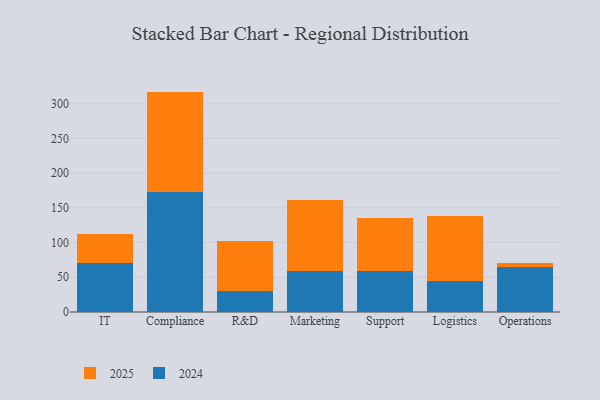
{"axis": {"x": "Department", "y": "Headcount"}, "legend": ["2024", "2025"], "data": [{"x": "IT", "y": 40.6, "type": "2025"}, {"x": "IT", "y": 71.2, "type": "2024"}, {"x": "Compliance", "y": 144.0, "type": "2025"}, {"x": "Compliance", "y": 173.5, "type": "2024"}, {"x": "R&D", "y": 72.8, "type": "2025"}, {"x": "R&D", "y": 29.7, "type": "2024"}, {"x": "Marketing", "y": 103.2, "type": "2025"}, {"x": "Marketing", "y": 58.7, "type": "2024"}, {"x": "Support", "y": 76.0, "type": "2025"}, {"x": "Support", "y": 59.4, "type": "2024"}, {"x": "Logistics", "y": 94.1, "type": "2025"}, {"x": "Logistics", "y": 44.0, "type": "2024"}, {"x": "Operations", "y": 5.4, "type": "2025"}, {"x": "Operations", "y": 65.5, "type": "2024"}]}